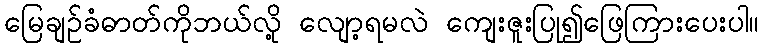
မြေချဉ်ခံဓာတ်ကိုဘယ်လို့ လျော့ရမလဲ ကျေးဇူးပြု၍ဖြေကြားပေးပါ။